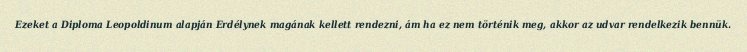
Ezeket a Diploma Leopoldinum alapján Erdélynek magának kellett rendezni, ám ha ez nem történik meg, akkor az udvar rendelkezik bennük.